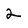
Character: 2